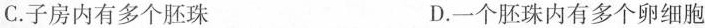
C.子房内有多个胚珠 D.一个胚珠内有多个卵细胞